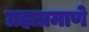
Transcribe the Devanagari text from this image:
ग्रहाप्रमाणे